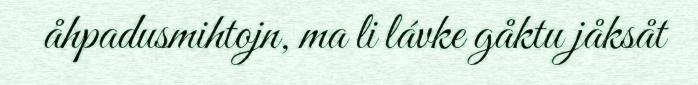
åhpadusmihtojn, ma li lávke gåktu jåksåt